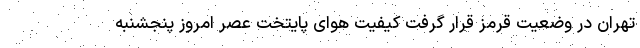
تهران در وضعیت قرمز قرار گرفت کیفیت هوای پایتخت عصر امروز پنجشنبه